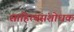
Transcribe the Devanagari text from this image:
साहित्यसंशोधक